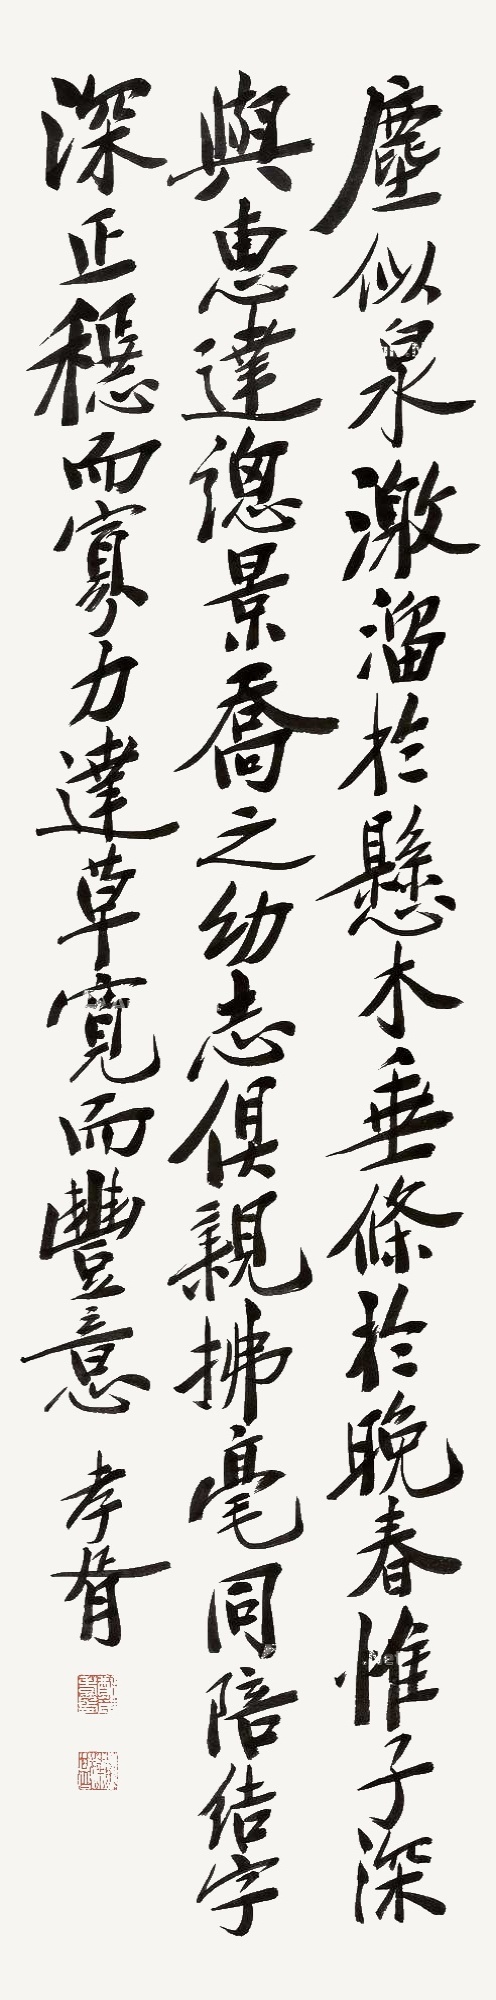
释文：尘似泉激溜于悬，木垂条于晚春。惟子深与惠达，总景乔之幼志，俱亲拂毫，同陪结字。深正稳而寡力，达草宽而丰意。孝胥。